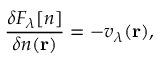
\frac { \delta F _ { \lambda } \ensuremath { [ n ] } } { \delta n ( \mathbf { r } ) } = - v _ { \lambda } ( \mathbf { r } ) ,